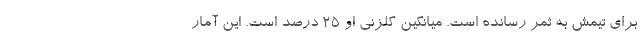
برای تیمش به ثمر رسانده است. میانگین گلزنی او 25 درصد است. این آمار